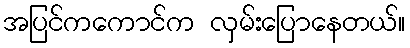
အပြင်ကကောင်က လှမ်းပြောနေတယ်။